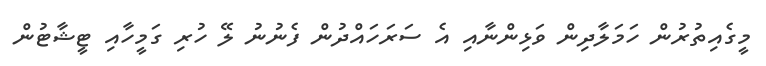
މީގެއިތުރުން ހަމަލާދިން ވަޅިންނާއި އެ ސަރަހައްދުން ފެނުނު ލޭ ހުރި ގަމީހާއި ޓީޝާޓުން